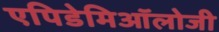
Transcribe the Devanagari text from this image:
एपिडेमिऑलोजी